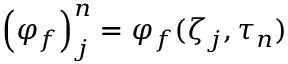
{ \left( \varphi _ { f } \right) } _ { j } ^ { n } = \varphi _ { f } ( \zeta _ { j } , \tau _ { n } )